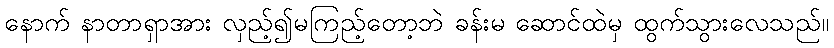
နောက် နာတာရှာအား လှည့်၍မကြည့်တော့ဘဲ ခန်းမ ဆောင်ထဲမှ ထွက်သွားလေသည်။